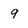
Character: 9